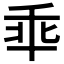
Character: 𫡙